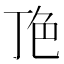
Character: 𬻖